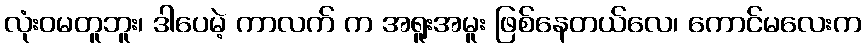
လုံးဝမတူဘူး၊ ဒါပေမဲ့ ကာလက် က အရူးအမူး ဖြစ်နေတယ်လေ၊ ကောင်မလေးက